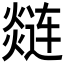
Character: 𲅽